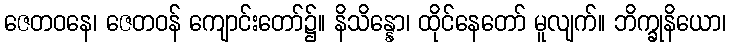
ဇေတဝနေ၊ ဇေတဝန် ကျောင်းတော်၌။ နိသိန္နော၊ ထိုင်နေတော် မူလျက်။ ဘိက္ခုနိယော၊